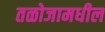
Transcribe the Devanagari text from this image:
तळोजामधील